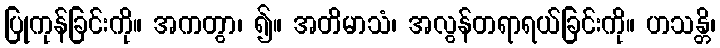
ပြုကုန်ခြင်းကို။ အကတွာ၊ ၍။ အတိမာသံ၊ အလွန်တရာရယ်ခြင်းကို။ ဟသန္တိ၊